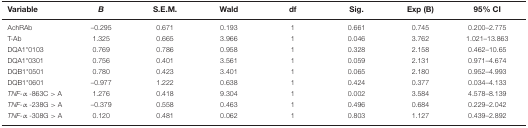
| Variable | B | S.E.M. | Wald | df | Sig. | Exp (B) | 95% CI |
 | --- | --- | --- | --- | --- | --- | --- | --- |
 | AchRAb | –0.295 | 0.671 | 0.193 | 1 | 0.661 | 0.745 | 0.200–2.775 |
 | T-Ab | 1.325 | 0.665 | 3.966 | 1 | 0.046 | 3.762 | 1.021–13.863 |
 | DQA1*0103 | 0.769 | 0.786 | 0.958 | 1 | 0.328 | 2.158 | 0.462–10.65 |
 | DQA1*0301 | 0.756 | 0.401 | 3.561 | 1 | 0.059 | 2.131 | 0.971–4.674 |
 | DQB1*0501 | 0.780 | 0.423 | 3.401 | 1 | 0.065 | 2.180 | 0.952–4.993 |
 | DQB1*0601 | –0.977 | 1.222 | 0.638 | 1 | 0.424 | 0.377 | 0.034–4.133 |
 | TNF-α -863C > A | 1.276 | 0.418 | 9.304 | 1 | 0.002 | 3.584 | 4.578–8.139 |
 | TNF-α -238G > A | –0.379 | 0.558 | 0.463 | 1 | 0.496 | 0.684 | 0.229–2.042 |
 | TNF-α -308G > A | 0.120 | 0.481 | 0.062 | 1 | 0.803 | 1.127 | 0.439–2.892 |